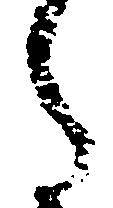
之